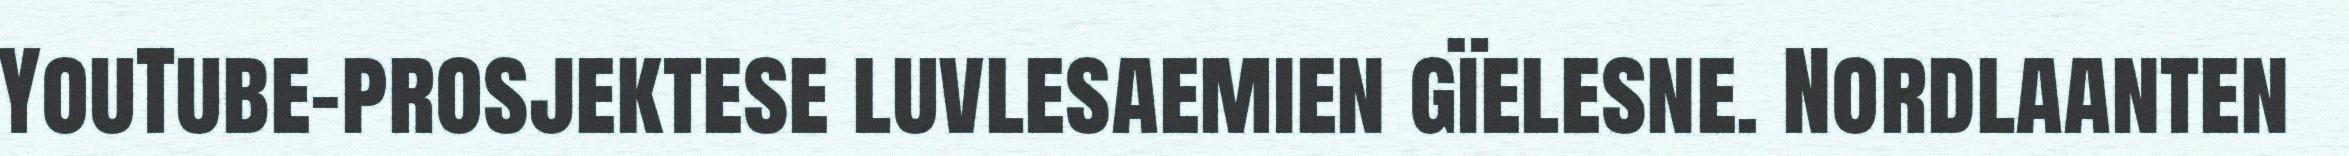
YouTube-prosjektese luvlesaemien gïelesne. Nordlaanten